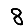
Digit: 8